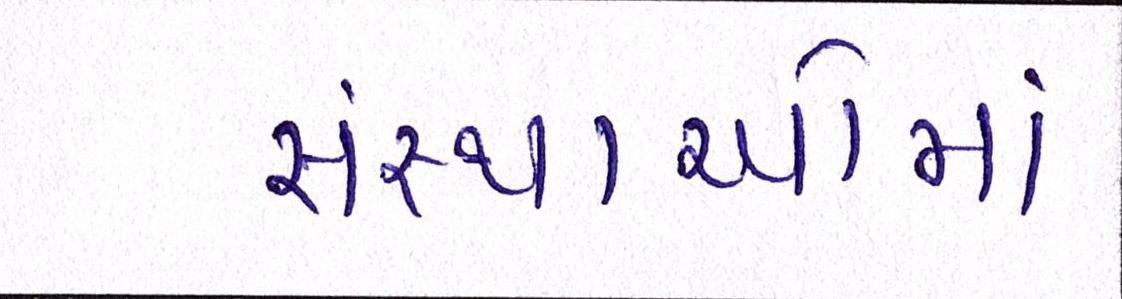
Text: સંસ્થાઓમાં